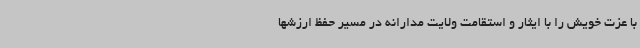
با عزت خویش را با ایثار و استقامت ولایت مدارانه در مسیر حفظ ارزشها